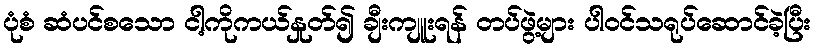
ပုံစံ ဆံပင်စသော ငါ့ကိုကယ်နှုတ်၍ ချီးကျူးရန် တပ်ဖွဲ့များ ပါဝင်သရုပ်ဆောင်ခဲ့ပြီး